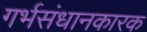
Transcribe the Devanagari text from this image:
गर्भसंधानकारक